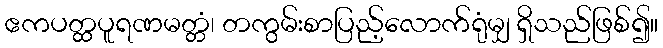
ဧကပတ္ထပူရဏမတ္တံ၊ တကွမ်းစာပြည့်လောက်ရုံမျှ ရှိသည်ဖြစ်၍။